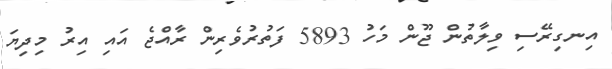
އިނގިރޭސި ވިލާތުން ޖޫން މަހު 5893 ފަތުރުވެރިން ރާއްޖެ އައި އިރު މިދިޔަ